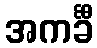
အကင်္ခီ